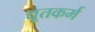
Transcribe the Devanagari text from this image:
द्यूतकर्म